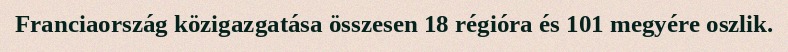
Franciaország közigazgatása összesen 18 régióra és 101 megyére oszlik.